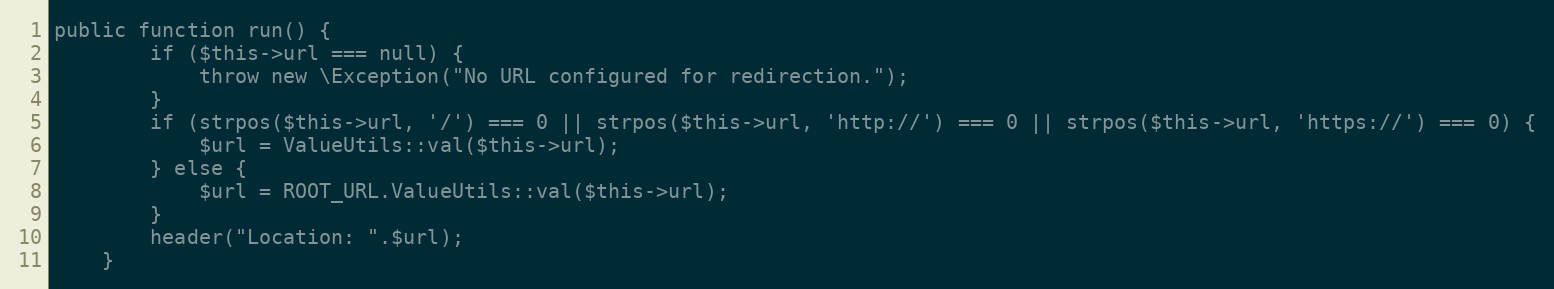
Language: PHP
public function run() {
		if ($this->url === null) {
			throw new \Exception("No URL configured for redirection.");
		}
		if (strpos($this->url, '/') === 0 || strpos($this->url, 'http://') === 0 || strpos($this->url, 'https://') === 0) {
			$url = ValueUtils::val($this->url);
		} else {
			$url = ROOT_URL.ValueUtils::val($this->url);
		}
		header("Location: ".$url);
	}